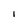
Character: l